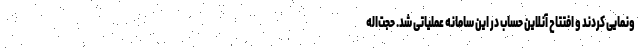
ونمایی کردند و افتتاح آنلاین حساب در این سامانه عملیاتی شد. حجت‌اله